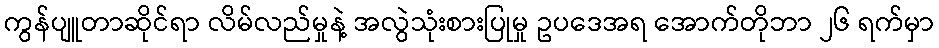
ကွန်ပျူတာဆိုင်ရာ လိမ်လည်မှုနဲ့ အလွဲသုံးစားပြုမှု ဥပဒေအရ အောက်တိုဘာ ၂၆ ရက်မှာ